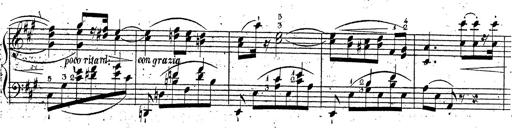
Title: Grande fantaisie sur la tyrolienne de l'opÃ©ra
Composer: Franz Liszt
Key: A major